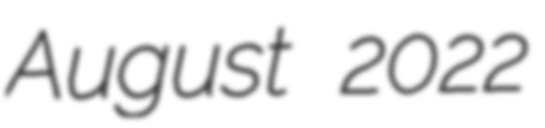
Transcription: August 2022